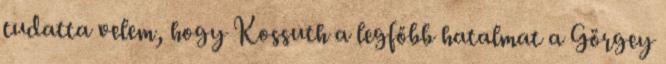
tudatta velem, hogy Kossuth a legfőbb hatalmat a Görgey